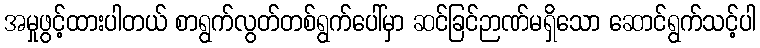
အမှုဖွင့်ထားပါတယ် စာရွက်လွတ်တစ်ရွက်ပေါ်မှာ ဆင်ခြင်ဉာဏ်မရှိသော ဆောင်ရွက်သင့်ပါ